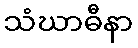
သံဃာဓီနာ